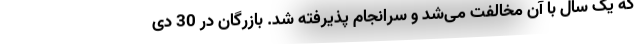
که یک سال با آن مخالفت می‌شد و سرانجام پذیرفته شد. بازرگان در 30 دی